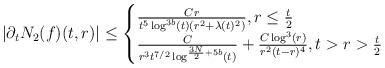
LaTeX: \begin{align*} |\partial_{t}N_{2}(f)(t,r)| \leq \begin{cases} \frac{C r}{t^{5} \log^{3b}(t) (r^{2}+\lambda(t)^{2})}, r \leq \frac{t}{2}\\\frac{C}{r^{3}t^{7/2} \log^{\frac{3N}{2}+5b}(t)} + \frac{C \log^{3}(r)}{r^{2} (t-r)^{4}}, t>r>\frac{t}{2}\end{cases}\end{align*}